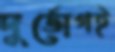
দুর্ভোগই